Mental hospitals Bombay report 1921-28 - 1921-1928
Year: 1921
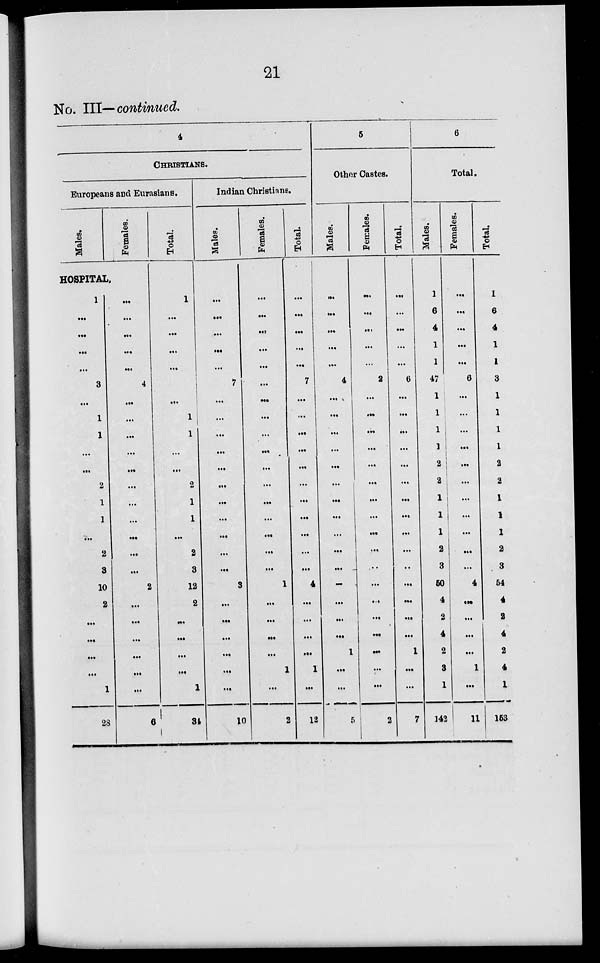
21
No. III—continued.
4
CHRISTIANS.
Europeans and Eurasians.
Males.
Females.
HOSPITAL,
1
...
...
...
...
3
...
1
1
...
...
2
1
1
...
2
3
10
2
...
...
...
...
1
28
...
...
...
...
...
4
...
...
...
...
...
...
...
...
...
...
...
2
...
...
...
...
...
...
6
Total.
1
...
...
...
...
...
...
1
1
...
...
2
1
1
...
2
3
12
2
...
...
...
...
1
34
Indian Christians.
Males.
...
...
...
...
...
7
...
...
...
...
...
...
...
...
...
...
...
3
...
...
...
...
...
...
10
Females.
...
...
...
...
...
...
...
...
...
...
...
...
...
...
...
...
...
1
...
...
...
...
1
...
2
Total.
...
...
...
...
...
7
...
...
...
...
...
...
...
...
...
...
...
4
...
...
...
...
1
...
12
5
Other Castes.
Males.
...
...
...
...
...
4
...
...
...
...
...
...
...
...
...
...
...
...
...
...
...
1
...
...
5
Females.
...
...
...
...
...
2
...
...
...
...
...
...
...
...
...
...
...
...
...
...
...
...
...
...
2
Total.
...
...
...
...
...
6
...
...
...
...
...
...
...
...
...
...
...
...
...
...
...
1
...
...
7
6
Total.
Males.
1
6
4
1
1
47
1
1
1
1
2
2
1
1
1
2
3
50
4
2
4
2
3
1
142
Females.
...
...
...
...
...
6
...
...
...
...
...
...
...
...
...
...
...
4
...
...
...
...
1
...
11
Total
1
6
4
1
1
3
1
1
1
1
2
2
1
1
1
2
3
54
4
2
4
2
4
1
153